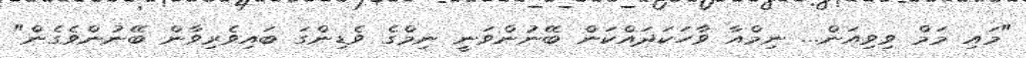
"މައި މަމް ވިވިއަން... ނިމްއާ ވާހަކަދައްކަން ބޭނުންވަނީ ނިމްގެ ވެޑިންގަ ބައިވެރިވާން ބޭނުންވެގެން"